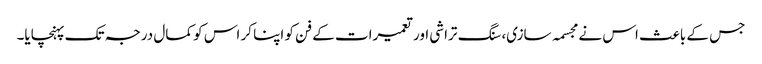
جس کے باعث اس نے مجسمہ سازی، سنگ تراشی اور تعمیرات کے فن کو اپنا کر اس کو کمال درجہ تک پہنچایا۔